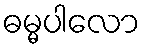
ဓမ္မပါလော